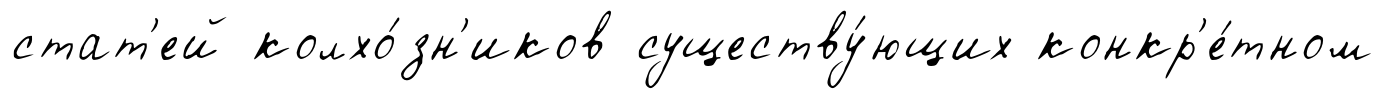
стат'ей колхо́зн'иков существу́ющих конкр'е́тном